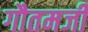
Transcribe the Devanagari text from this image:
गौतमजी